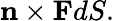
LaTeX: \mathbf{n}\times\mathbf{F}dS.